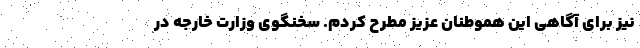
نیز برای آگاهی این هموطنان عزیز مطرح کردم. سخنگوی وزارت خارجه در